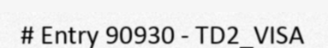
# Entry 90930 - TD2_VISA